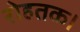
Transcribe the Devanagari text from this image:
रोहतक।